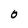
Character: O